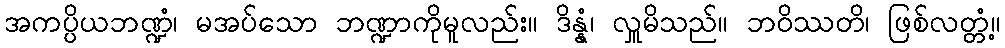
အကပ္ပိယဘဏ္ဍံ၊ မအပ်သော ဘဏ္ဍာကိုမူလည်း။ ဒိန္နံ၊ လှူမိသည်။ ဘဝိဿတိ၊ ဖြစ်လတ္တံ့။